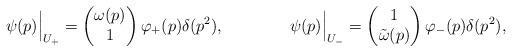
LaTeX: \begin{align*} \psi(p)\Bigr|_{U_+}= \begin{pmatrix}\omega(p)\\1\end{pmatrix} \varphi_+(p)\delta(p^2), \qquad\qquad \psi(p)\Bigr|_{U_-}= \begin{pmatrix}1\\\tilde\omega(p)\end{pmatrix} \varphi_-(p)\delta(p^2),\end{align*}